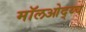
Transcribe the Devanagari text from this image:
मॉलओद्य्च